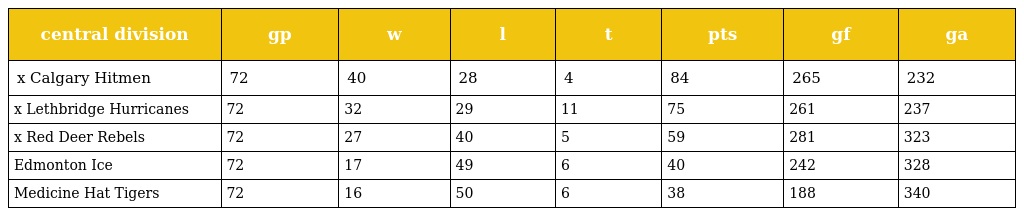
| central division | gp | w | l | t | pts | gf | ga |
 | --- | --- | --- | --- | --- | --- | --- | --- |
 | x Calgary Hitmen | 72 | 40 | 28 | 4 | 84 | 265 | 232 |
 | x Lethbridge Hurricanes | 72 | 32 | 29 | 11 | 75 | 261 | 237 |
 | x Red Deer Rebels | 72 | 27 | 40 | 5 | 59 | 281 | 323 |
 | Edmonton Ice | 72 | 17 | 49 | 6 | 40 | 242 | 328 |
 | Medicine Hat Tigers | 72 | 16 | 50 | 6 | 38 | 188 | 340 |